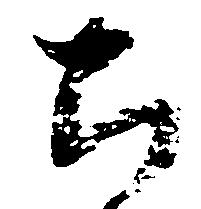
ち